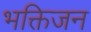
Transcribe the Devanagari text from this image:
भक्तिजन